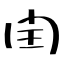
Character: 閏